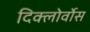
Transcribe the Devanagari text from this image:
दिक्लोर्वोस